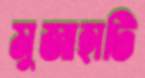
মুজাহাটি